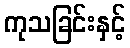
ကုသခြင်းနှင့်